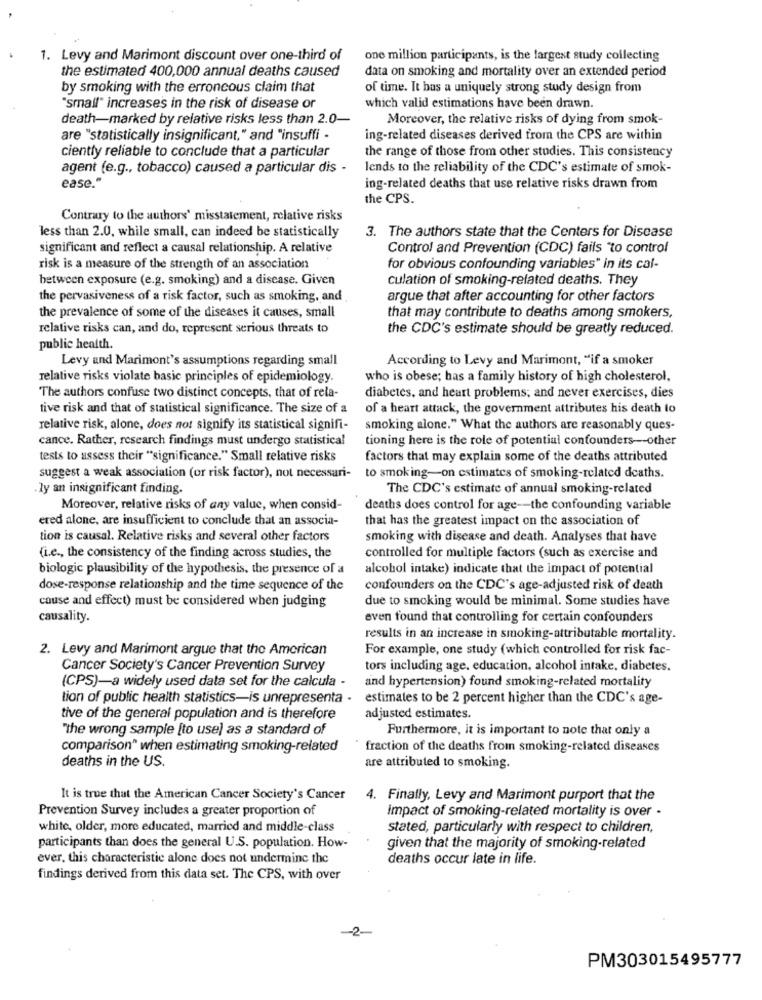
1. Levy and Marimont discount over one-third of
one million participants, is the largest study collecting
the estimated 400,000 annual deaths caused
data on smoking and mortality over an extended period
by smoking with the erroncous claim that
of time. It has a uniquely strong study design from
"small" increases in the risk of disease or
which valid estimations have been drawn.
death-marked by relative risks less than 2.0-
Moreover, the relative risks of dying from smok-
are "statistically insignificant." and "insuffi -
ing-related diseases derived from the CPS are within
the range of those from other studies. This consistency
ciently reliable to conclude that a particular
agent (e.g ., tobacco) caused a particular dis -
lends to the reliability of the CDC's estimate of smok-
ease."
ing-related deaths that use relative risks drawn from
the CPS.
Contrary to the authors' misstatement, relative risks
less than 2.0, while small, can indeed be statistically
3. The authors state that the Centers for Disease
significant and reflect a causal relationship. A relative
Control and Prevention (CDC) fails "to control
risk is a measure of the strength of an association
for obvious confounding variables" in its cal-
between exposure (e.g. smoking) and a disease. Given
culation of smoking-related deaths. They
the pervasiveness of a risk factor, such as smoking, and
argue that after accounting for other factors
the prevalence of some of the diseases it causes, small
that may contribute to deaths among smokers,
relative risks can, and do, represent serious threats to
the CDC's estimate should be greatly reduced.
public health.
Levy and Marimont's assumptions regarding small
According to Levy and Marimont, "if a smoker
relative risks violate basic principles of epidemiology.
who is obese; has a family history of high cholesterol,
The authors confuse two distinct concepts, that of rela-
diabetes, and heart problems; and never exercises, dies
tive risk and that of statistical significance. The size of a
of a heart attack, the government attributes his death to
relative risk, alone, does not signify its statistical signifi-
smoking alone." What the authors are reasonably ques-
cance. Rather, research findings must undergo statistical
tioning here is the role of potential confounders -- other
tests to assess their "significance." Small relative risks
factors that may explain some of the deaths attributed
suggest a weak association (or risk factor), not necessari-
to smoking-on estimates of smoking-related deaths.
. ly an insignificant finding.
The CDC's estimate of annual smoking-related
Moreover, relative risks of any value, when consid-
deaths does control for age -- the confounding variable
ered alone, are insufficient to conclude that an associa-
that has the greatest impact on the association of
tion is causal. Relative risks and several other factors
smoking with disease and death. Analyses that have
(i.e ., the consistency of the finding across studies, the
controlled for multiple factors (such as exercise and
biologic plausibility of the hypothesis, the presence of a
alcohol intake) indicate that the impact of potential
dose-response relationship and the time sequence of the
confounders on the CDC's age-adjusted risk of death
cause and effect) must be considered when judging
due to smoking would be minimal. Some studies have
causality.
even found that controlling for certain confounders
results in an increase in smoking-attributable mortality.
2. Levy and Marimont argue that the American
For example, one study (which controlled for risk fac-
Cancer Society's Cancer Prevention Survey
tors including age, education, alcohol intake, diabetes.
(CPS)-a widely used data set for the calcula -
and hypertension) found smoking-related mortality
tion of public health statistics-is unrepresenta -
estimates to be 2 percent higher than the CDC's age-
tive of the general population and is therefore
adjusted estimates.
"The wrong sample [to use) as a standard of
Furthermore, it is important to note that only a
comparison" when estimating smoking-related
fraction of the deaths from smoking-related diseases
deaths in the US.
are attributed to smoking.
It is true that the American Cancer Society's Cancer
4. Finally, Levy and Marimont purport that the
Prevention Survey includes a greater proportion of
impact of smoking-related mortality is over -
white, older, more educated, married and middle-class
stated, particularly with respect to children,
participants than does the general U.S. population. How-
given that the majority of smoking-related
ever, this characteristic alone does not undermine the
deaths occur late in life.
findings derived from this data set. The CPS, with over
-2-
PM303015495777